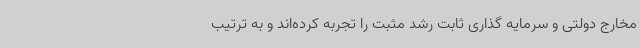
مخارج دولتی و سرمایه گذاری ثابت رشد مثبت را تجربه کرده‌اند و به ترتیب